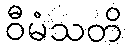
ဝီမံသတိ